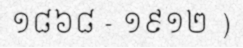
១៨៦៨ - ១៩១២ )